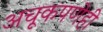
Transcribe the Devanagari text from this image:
अचूकपणेही